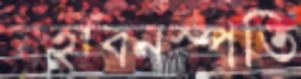
মহাবনস্পতি